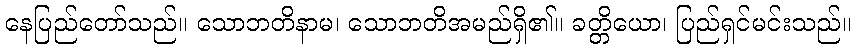
နေပြည်တော်သည်။ သောဘတိနာမ၊ သောဘတိအမည်ရှိ၏။ ခတ္တိယော၊ ပြည်ရှင်မင်းသည်။